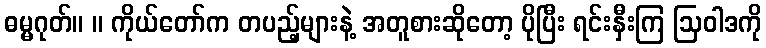
ဓမ္မဂုတ်။ ။ ကိုယ်တော်က တပည့်များနဲ့ အတူစားဆိုတော့ ပိုပြီး ရင်းနှီးကြ ဩဝါဒကို